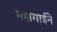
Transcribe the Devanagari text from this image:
महागाईने